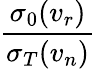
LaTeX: \frac{\sigma_{0}(v_{r})}{\sigma_{T}(v_{n})}